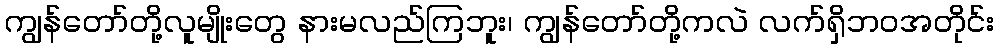
ကျွန်တော်တို့လူမျိုးတွေ နားမလည်ကြဘူး၊ ကျွန်တော်တို့ကလဲ လက်ရှိဘဝအတိုင်း